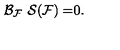
\mathcal { B } _ { \mathcal { F } } \ \mathcal { S ( F ) = } 0 .